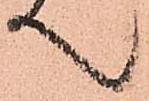
て